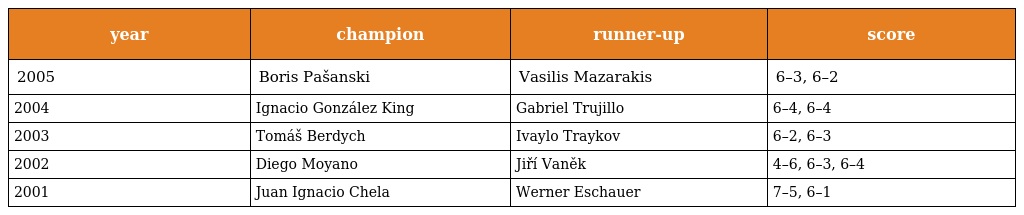
| year | champion | runner-up | score |
 | --- | --- | --- | --- |
 | 2005 | Boris Pašanski | Vasilis Mazarakis | 6–3, 6–2 |
 | 2004 | Ignacio González King | Gabriel Trujillo | 6–4, 6–4 |
 | 2003 | Tomáš Berdych | Ivaylo Traykov | 6–2, 6–3 |
 | 2002 | Diego Moyano | Jiří Vaněk | 4–6, 6–3, 6–4 |
 | 2001 | Juan Ignacio Chela | Werner Eschauer | 7–5, 6–1 |